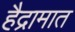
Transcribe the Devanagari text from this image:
हैद्रामात